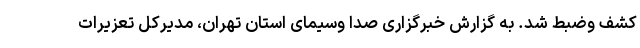
کشف وضبط شد. به گزارش خبرگزاری صدا وسیمای استان تهران، مدیرکل تعزیرات